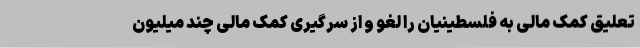
تعلیق کمک مالی به فلسطینیان را لغو و از سرگیری کمک مالی چند میلیون